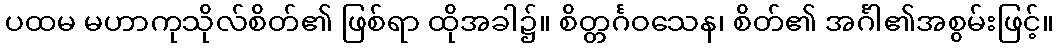
ပထမ မဟာကုသိုလ်စိတ်၏ ဖြစ်ရာ ထိုအခါ၌။ စိတ္တင်္ဂဝသေန၊ စိတ်၏ အင်္ဂါ၏အစွမ်းဖြင့်။